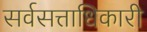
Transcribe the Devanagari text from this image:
सर्वसत्ताधिकारी